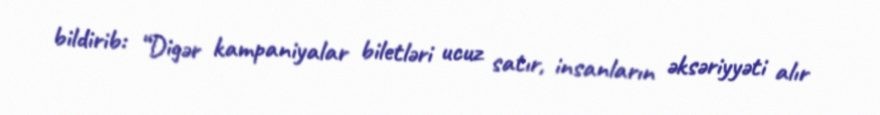
bildirib: “Digər kampaniyalar biletləri ucuz satır, insanların əksəriyyəti alır